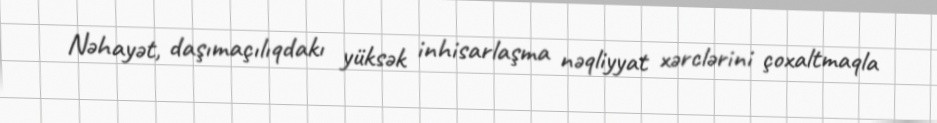
Nəhayət, daşımaçılıqdakı yüksək inhisarlaşma nəqliyyat xərclərini çoxaltmaqla